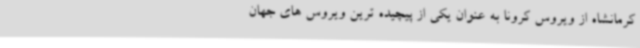
کرمانشاه از ویروس کرونا به عنوان یکی از پیچیده ترین ویروس های جهان